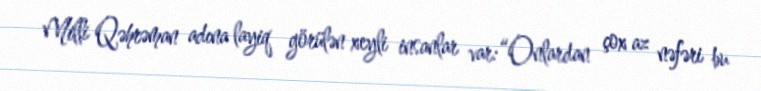
Milli Qəhrəman adına layiq görülən xeyli insanlar var:“Onlardan çox az nəfəri bu